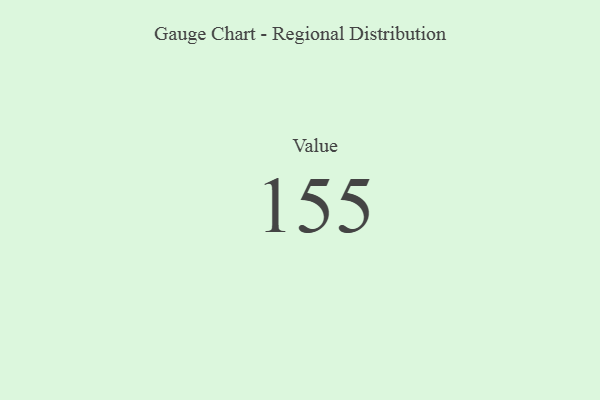
{"axis": {"x": "Metric", "y": "Value"}, "legend": [""], "data": [{"x": "Value", "y": 155, "type": ""}]}